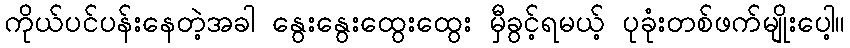
ကိုယ်ပင်ပန်းနေတဲ့အခါ နွေးနွေးထွေးထွေး မှီခွင့်ရမယ့် ပုခုံးတစ်ဖက်မျိုးပေါ့။